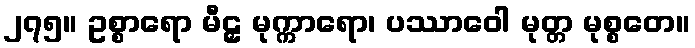
၂၇၅။ ဥစ္စာရော မီဠှ မုက္ကာရော၊ ပဿာဝေါ မုတ္တ မုစ္စတေ။